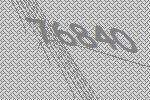
76840